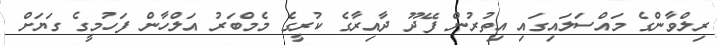
ރިލްވާންގެ މައްސަލައިގައި އިތުރުން ފޭދޫ ދާއިރާގެ ކުރީގެ މެމްބަރު އަލްހާން ފަހުމީގެ ގަޔަށް